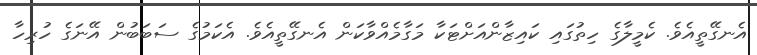
އެނގޭތީއެވެ. ކެމީލާގެ ހިތުގައި ކައިޒާންއަށްޓަކާ މަގާމެއްވާކަން އެނގޭތީއެވެ. އެކަމުގެ ސަބަބުން އޭނަގެ ހުރިހާ